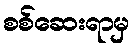
စစ်ဆေးရာမှ